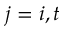
j = i , t